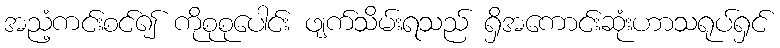
အညံ့ကင်းစင်၍ ကိုစုစုပေါင်း ဖျက်သိမ်းရသည် ရှိအကောင်းဆုံးဟာသရုပ်ရှင်